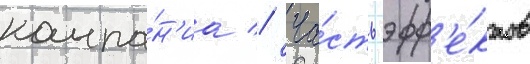
компа́н'иа // Ча́сть эфф'е́ктов